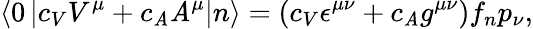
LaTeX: \left<0\left|c_{V}V^{\mu}+c_{\mathit{A}}\mathit{A}^{\mu}\right|n\right>=\left(c_{V}\epsilon^{\mu\nu}+c_{\mathit{A}}g^{\mu\nu}\right)f_{n}p_{\nu},